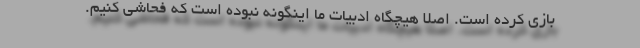
بازی کرده است. اصلا هیچگاه ادبیات ما اینگونه نبوده است که فحاشی کنیم.